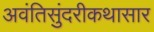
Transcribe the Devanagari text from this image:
अवंतिसुंदरीकथासार